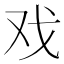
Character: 戏